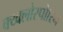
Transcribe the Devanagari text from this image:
क्य्क्लोस्पोरिन